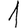
Digit: 1